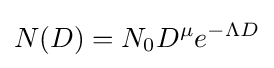
N(D)=N_{0}D^{\mu }e^{-\Lambda D}